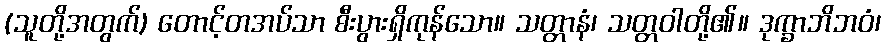
(သူတို့အတွက်) တောင့်တအပ်သာ စီးပွားရှိကုန်သော။ သတ္တာနံ၊ သတ္တဝါတို့၏။ ဒုက္ခာဘိဘဝံ၊